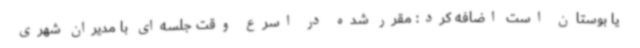
یا بوستان است اضافه کرد: مقرر شده در اسرع وقت جلسه‌ای با مدیران شهری